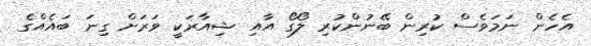
އެހެން ނަމަވެސް ކުރިން ބޭނުންކުރި ލޯގޯ އާއި ޝިއާރަކީ ވަރަށް ގިނަ ބައެއްގެ